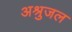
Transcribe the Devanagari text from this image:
अश्रुजल